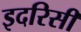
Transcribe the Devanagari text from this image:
इदरिसी